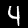
Digit: 4